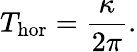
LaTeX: T_{\mathrm{hor}}=\frac{\kappa}{2\pi}.